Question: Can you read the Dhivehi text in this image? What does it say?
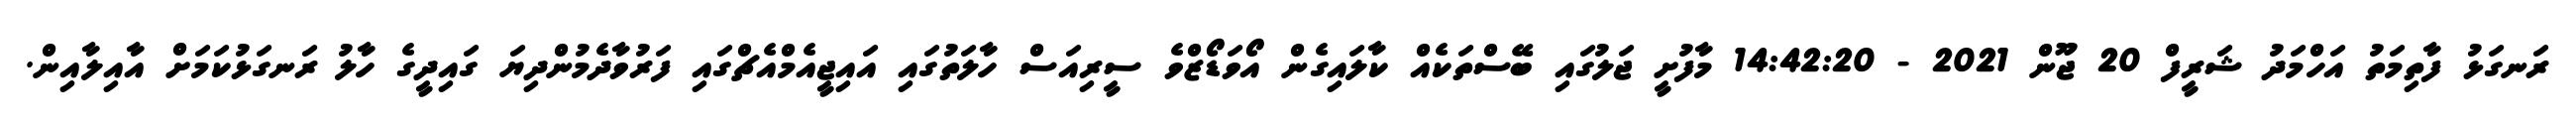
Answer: ރަނގަޅު ފާތިމަތު އަހްމަދު ޝަރީފް 20 ޖޫން 2021 - 14:42:20 މާފުށީ ޖަލުގައި ބޭސްތަކެއް ކާލައިގެން އޯވަޑޯޒްވެ ސީރިއަސް ހާލަތުގައި އައިޖީއެމްއެޗްގައި ފަރުވާދެމުންދިޔަ ގައިދީގެ ހާލު ރަނގަޅުކަމަށް އާއިލާއިން.